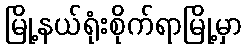
မြို့နယ်ရုံးစိုက်ရာမြို့မှာ